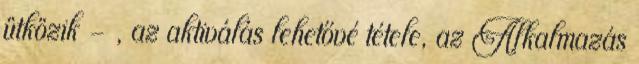
ütközik - , az aktiválás lehetővé tétele, az Alkalmazás